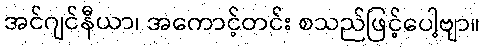
အင်ဂျင်နီယာ၊ အကောင့်တင်း စသည်ဖြင့်ပေါ့ဗျာ။